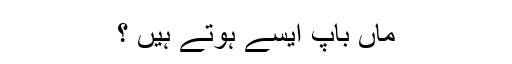
ماں باپ ايسے ہوتے ہيں ؟